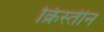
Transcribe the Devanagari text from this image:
क्रिस्तीन